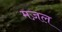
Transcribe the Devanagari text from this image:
मज़ल